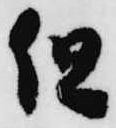
但